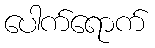
ပေါက်ရောက်